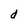
Character: d